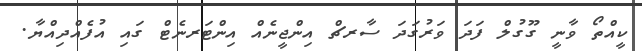
ކީއްތޯ ވާނީ ގޫގުލް ފަދަ ވަރުގަދަ ސާރޗް އިންޖީނެއް އިންޓަރނެޓް ގައި އުފެއްދިއްޔާ.